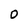
Character: 0